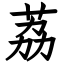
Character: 荔